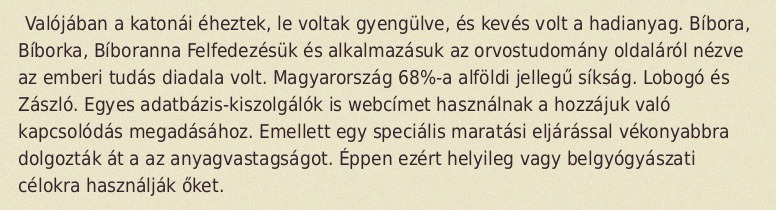
Valójában a katonái éheztek, le voltak gyengülve, és kevés volt a hadianyag. Bíbora, Bíborka, Bíboranna Felfedezésük és alkalmazásuk az orvostudomány oldaláról nézve az emberi tudás diadala volt. Magyarország 68%-a alföldi jellegű síkság. Lobogó és Zászló. Egyes adatbázis-kiszolgálók is webcímet használnak a hozzájuk való kapcsolódás megadásához. Emellett egy speciális maratási eljárással vékonyabbra dolgozták át a az anyagvastagságot. Éppen ezért helyileg vagy belgyógyászati célokra használják őket.